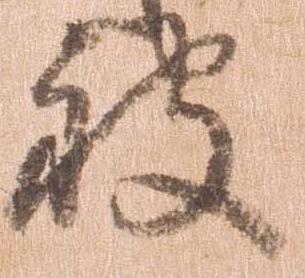
被